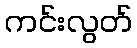
ကင်းလွတ်